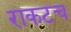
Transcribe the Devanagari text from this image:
राकटच